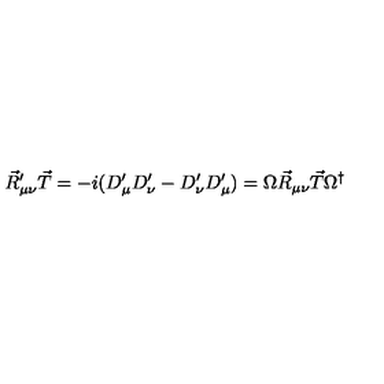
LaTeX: \vec { R } _ { \mu \nu } ^ { \prime } \vec { T } = - i ( D _ { \mu } ^ { \prime } D _ { \nu } ^ { \prime } - D _ { \nu } ^ { \prime } D _ { \mu } ^ { \prime } ) = \Omega \vec { R } _ { \mu \nu } \vec { T } \Omega ^ { \dagger }